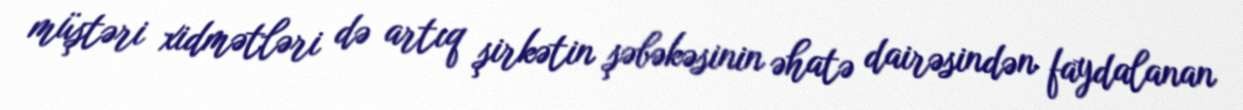
müştəri xidmətləri də artıq şirkətin şəbəkəsinin əhatə dairəsindən faydalanan